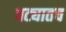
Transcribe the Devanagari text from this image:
पट्यातच